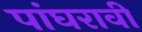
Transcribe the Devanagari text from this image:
पांघरावी